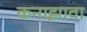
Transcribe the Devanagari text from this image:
कनाझावा